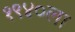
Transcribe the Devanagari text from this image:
१९४०ला